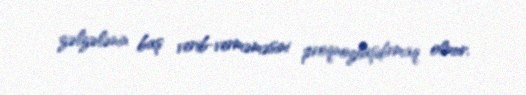
zəlzələnin baş verib-verməməsini proqnozlaşdırmaq olmur.